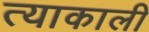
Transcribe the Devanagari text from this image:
त्याकाली